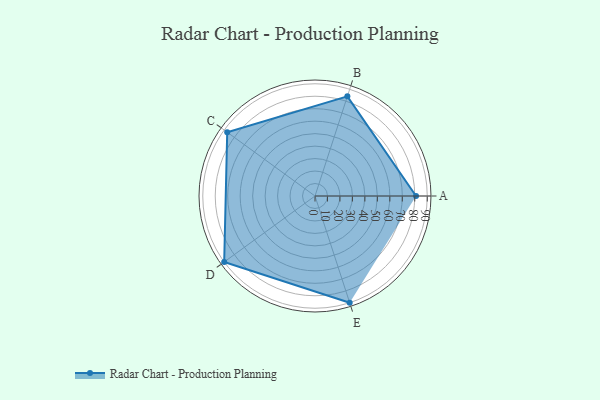
{"axis": {"x": "Skill", "y": "Score"}, "legend": ["Profile"], "data": [{"x": "A", "y": 81.0, "type": "Profile"}, {"x": "B", "y": 84.0, "type": "Profile"}, {"x": "C", "y": 87.0, "type": "Profile"}, {"x": "D", "y": 90.0, "type": "Profile"}, {"x": "E", "y": 90.0, "type": "Profile"}]}